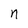
Character: n